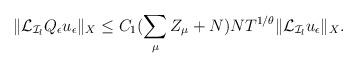
LaTeX: \begin{align*} \begin{aligned}\|\mathcal{L}_{\mathcal{I}_l}Q_\epsilon u_\epsilon\|_{X}\leq C_1 (\sum_{\mu}Z_\mu+N)N T^{1/\theta}\|\mathcal{L}_{\mathcal{I}_l}u_\epsilon\|_{X}.\end{aligned}\end{align*}